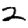
Digit: 2